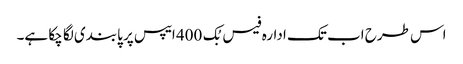
اس طرح اب تک ادارہ فیس بُک 400 ایپس پر پابندی لگا چکا ہے۔